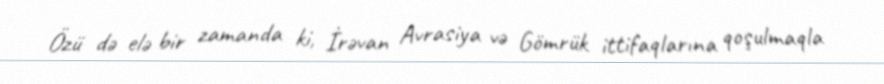
Özü də elə bir zamanda ki, İrəvan Avrasiya və Gömrük ittifaqlarına qoşulmaqla